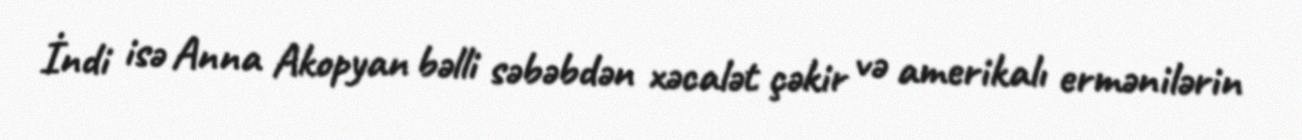
İndi isə Anna Akopyan bəlli səbəbdən xəcalət çəkir və amerikalı ermənilərin